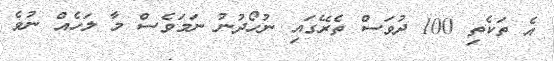
އެ ތަކެތި 100 ދުވަސް ތެރޭގައި ނުހޯދުނު ނަމަވެސް މާ ލަހެއް ނުވެ